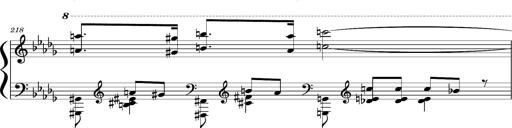
Title: Concerto sans orchestre, S.524a
Composer: Franz Liszt
Key: A major